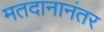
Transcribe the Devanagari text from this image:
मतदानानंतर